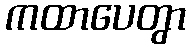
ကထာပေတွာ